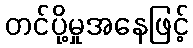
တင်ပို့မှုအနေဖြင့်